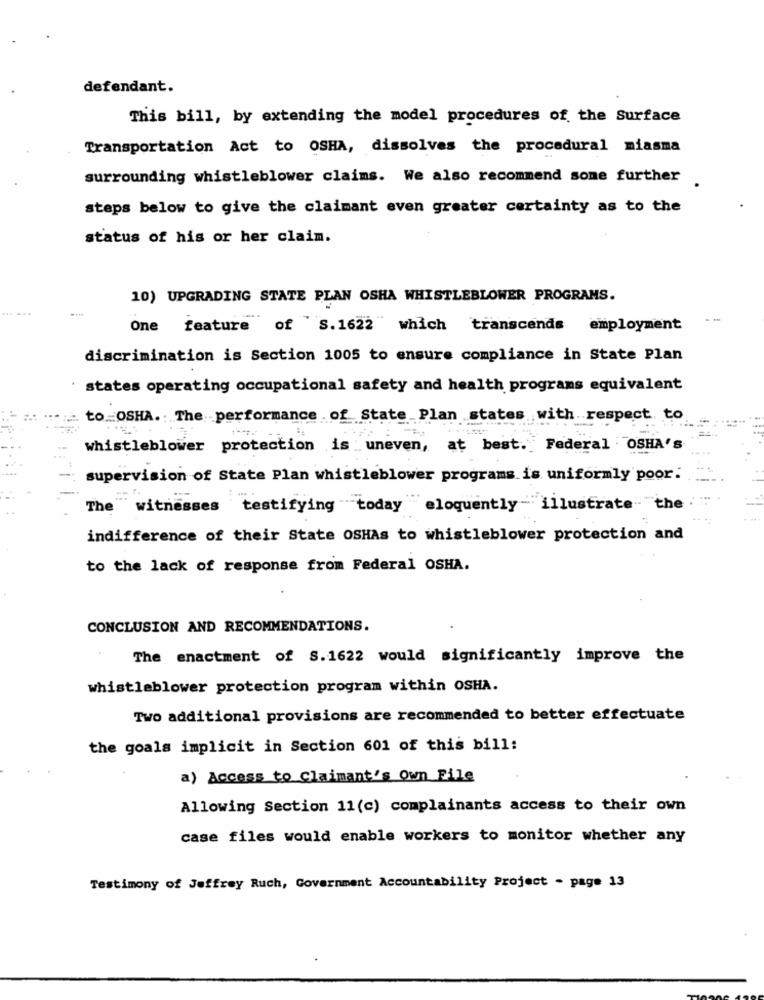
defendant.
This bill, by extending the model procedures of the Surface
Transportation Act to OSHA, dissolves the procedural miasma
surrounding whistleblower claims. We also recommend some further
steps below to give the claimant even greater certainty as to the
status of his or her claim.
10) UPGRADING STATE PLAN OSHA WHISTLEBLOWER PROGRAMS.
One
feature of S.1622 which transcends employment
discrimination is Section 1005 to ensure compliance in State Plan
states operating occupational safety and health programs equivalent
to OSHA. The performance of State Plan states with respect to
whistleblower protection is uneven, at best. Federal OSHA's
supervision of State Plan whistleblower programs is uniformly poor.
The "witnesses testifying today eloquently - illustrate the
indifference of their State OSHAs to whistleblower protection and
to the lack of response from Federal OSHA.
CONCLUSION AND RECOMMENDATIONS.
The enactment of S.1622 would significantly improve the
whistleblower protection program within OSHA.
Two additional provisions are recommended to better effectuate
the goals implicit in Section 601 of this bill:
a) Access to claimant's own File
Allowing Section 11(c) complainants access to their own
case files would enable workers to monitor whether any
Testimony of Jeffrey Ruch, Government Accountability Project - page 13